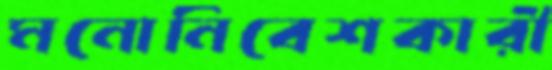
মনোনিবেশকারী